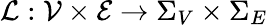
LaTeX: \mathcal{L}:\mathcal{V}\times\mathcal{E}\to\Sigma_{V}\times\Sigma_{E}